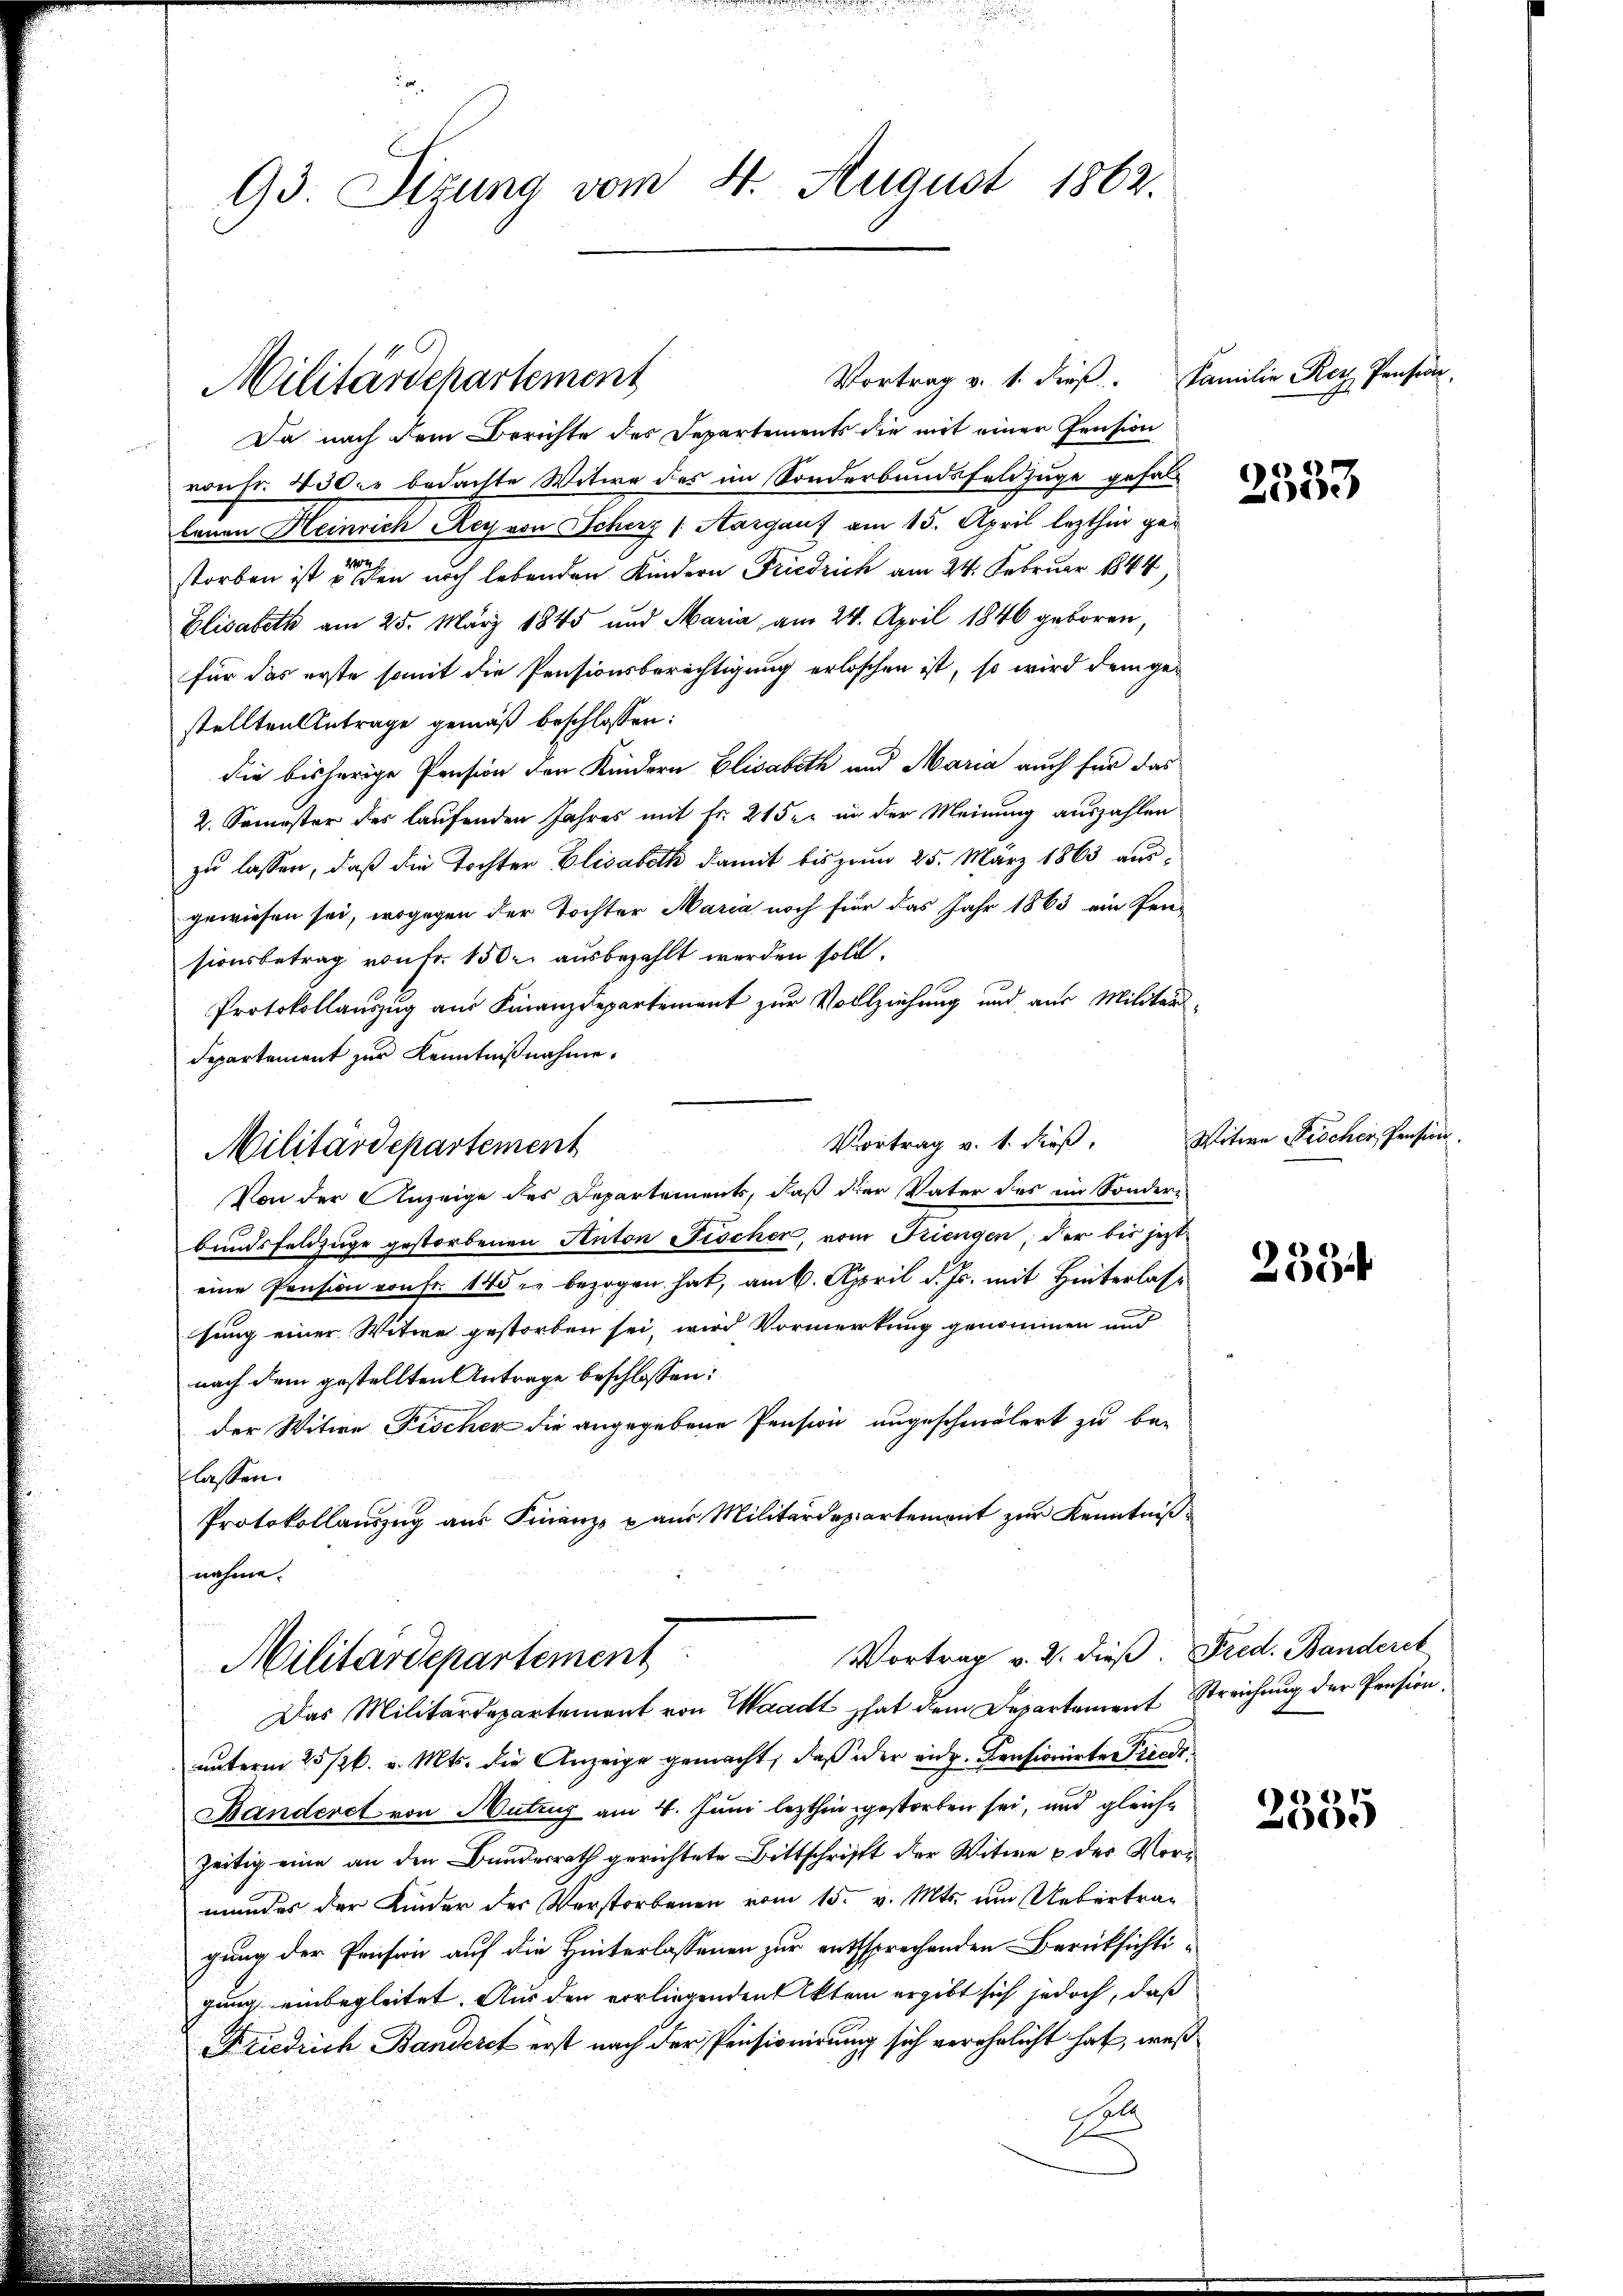
93. Sizung vom 4. August 1862.

Militärdepartement

Da nach dem Berichte des Departements die mit einer Pension
von Fr. 430 kr bedachte Witwe des im Sonderbundsfeldzuge gefallauen Heinrich Rey von Scherz (Aargau) am 15. April lezthin ge¬
202 f.
storben ist u den noch lebenden Kindern Friedrich am 24. Februar 1844,
Elisabeth am 25. März 1845 und Maria, am 24. April 1846 geboren,
für das erste somit die Pensionsberechtigung erloschen ist, so wird dem gestellten Antrage gemäß beschlossen:
die bisherige Pension den Kindern Elisabeth und Maria auch für das
2. Semester des laufenden Jahres mit Fr. 21 der in der Meinung auszahlen
zu lassen, daß die Tochter Elisabeth damit bis zum 25. März 1863 aus-
gewiesen sei, wogegen der Tochter Maria noch für das Jahr 1863 ein Pen-
sionsbetrag von Fr. 150 r. ausbezahlt werden soll.
Protokollauszug aus Finanzdepartement zur Vollziehung und aus Militar-
departement zur Kenntnißnahme,
Vortrag v. 1. dieß,
Militärdepartement
Von der Anzeige des Departements, daß der Vater des im Sonder-
bundsfeldzüge gestorbenen Anton Fischer, vom Kriengen, der bis jezt
eine Pension von Fr. 140 r. bezogen hat, am 6. April d. Js. mit Hinterlassung einer Witwe gestorben sei, wird Vormerkung genommen und
nach dem gestellten Antrage beschlossen:
der Witwe Fischer die angegebene Pension angeschmälert zu be-
lassen.
Protokollauszug aus Finanz- u aus Militärdepartement zur Kenntniß

Vortrag v. 1. dieß. Familie Rey Pension.

Militärdepartement
Das Militärdepartement von Waadt hat dem Departement Streichung der Pension

Vortrag v. 2. dieß. Fred. Banderet

unterm 25 /26. v. Mts. die Anzeige gemacht, daß oder eidg. Pensionirte Friedi¬
Banderet von Nutzug am 4. Juni lezthin gestorben sei, und gleichzeitig eine an den Bundesrath gerichtete Bittschrifft der Witwe & des Vormandes der Kinder der Verstorbenen vom 15. v. Mts. um Uebertrag
gung der Pension auf die Hinterlassenen zur entsprechenden Berücksichtigung einbegleitet. Aus den vorliegenden Akten ergibt sich jedoch, daß
Friedrich, Banderet erst nach der Pensionirung sich verehrlicht hat, weß
hab

2533

Witwe Fröcher, Pension

259

1
55